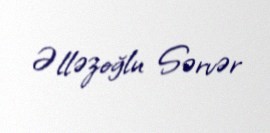
Əlləzoğlu Sərvər